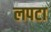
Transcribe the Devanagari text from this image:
लपटा